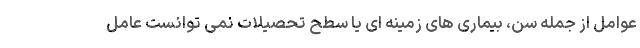
عوامل از جمله سن، بیماری های زمینه ای یا سطح تحصیلات نمی توانست عامل